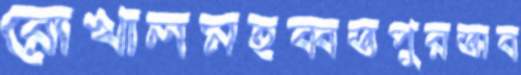
রোখালমহব্বতপুরঅব